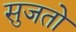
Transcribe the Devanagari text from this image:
सुजतो